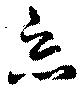
悪